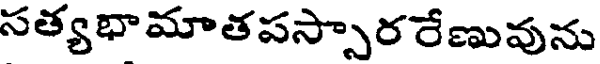
సత్యభామాతపస్సారరేణువును